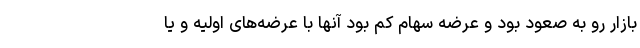
بازار رو به صعود بود و عرضه سهام کم بود آنها با عرضه‌های اولیه و یا